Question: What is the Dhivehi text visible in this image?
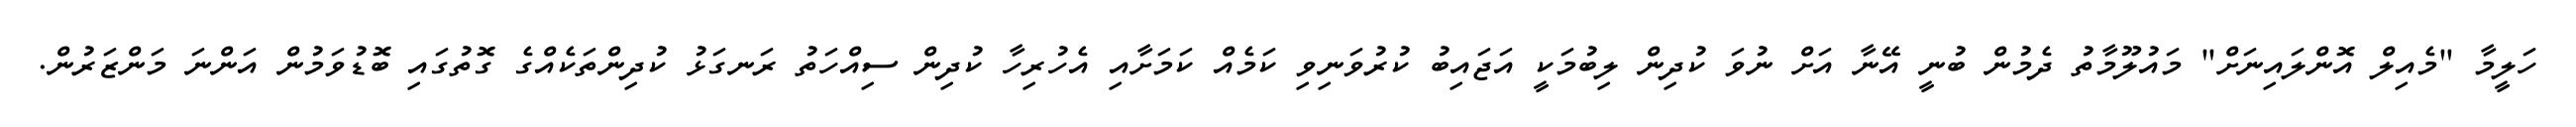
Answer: ހަލީމާ "މެއިލް އޮންލައިނަށް" މައުލޫމާތު ދެމުން ބުނީ އޭނާ އަށް ނުވަ ކުދިން ލިބުމަކީ އަޖައިބު ކުރުވަނިވި ކަމެއް ކަމަށާއި އެހުރިހާ ކުދިން ސިއްހަތު ރަނގަޅު ކުދިންތަކެއްގެ ގޮތުގައި ބޮޑުވަމުން އަންނަ މަންޒަރުން.